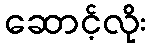
ဆောင့်လိုး